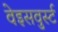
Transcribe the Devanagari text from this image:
वेइसवुर्स्ट